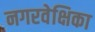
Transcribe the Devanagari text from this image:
नगरवेक्षिका